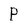
Character: p